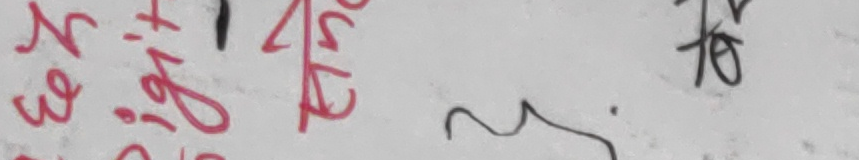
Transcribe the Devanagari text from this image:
रुम डियो प्रदा क्ष रो